Report of the Indian Hemp Drugs Commission, 1894-1895 - Volume V
Year: 1894
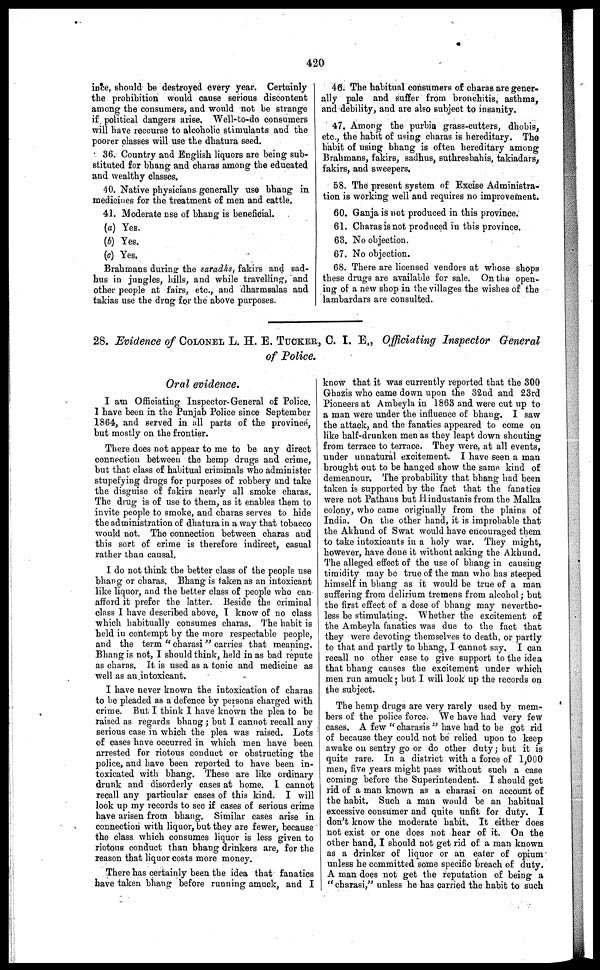
420
ince, should be destroyed every year. Certainly
the prohibition would cause serious discontent
among the consumers, and would not be strange
if political dangers arise. Well-to-do consumers
will have recourse to alcoholic stimulants and the
poorer classes will use the dhatura seed.
36. Country and English liquors are being sub-
stituted for bhang and charas among the educated
and wealthy classes.
40. Native physicians generally use bhang in
medicines for the treatment of men and cattle.
41. Moderate use of bhang is beneficial.
(a) Yes.
(b) Yes.
(c) Yes.
Brahmans during the saradhs, fakirs and sad-
hus in jungles, hills, and while travelling, and
other people at fairs, etc., and dharmsalas and
takias use the drug for the above purposes.
46. The habitual consumers of charas are gener-
ally pale and suffer from bronchitis, asthma,
and debility, and are also subject to insanity.
47. Among the purbia grass-cutters, dhobis,
etc., the habit of using charas is hereditary. The
habit of using bhang is often hereditary among
Brahmans, fakirs, sadhus, suthreshahis, takiadars,
fakirs, and sweepers.
58. The present system of Excise Administra-
tion is working well and requires no improvement.
60. Ganja is not produced in this province.
61. Charas is not produced in this province.
63. No objection.
67. No objection.
68. There are licensed vendors at whose shops
these drugs are available for sale. On the open-
iug of a new shop in the villages the wishes of the
lambardars are consulted.
28. Evidence of COLONEL L. H. E. TUCKER, C. I. E., Officiating Inspector General
of Police.
Oral evidence.
I am Officiating Inspector-General of Police.
I have been in the Punjab Police since September
1864, and served in all parts of the province,
but mostly on the frontier.
There does not appear to me to be any direct
connection between the hemp drugs and crime,
but that class of habitual criminals who administer
stupefying drugs for purposes of robbery and take
the disguise of fakirs nearly all smoke charas.
The drug is of use to them, as it enables them to
invite people to smoke, and charas serves to hide
the administration of dhatura in a way that tobacco
would not. The connection between charas and
this sort of crime is therefore indirect, casual
rather than causal.
I do not think the better class of the people use
bhang or charas. Bhang is taken as an intoxicant
like liquor, and the better class of people who can
afford it prefer the latter. Beside the criminal
class I have described above, 1 know of no class
which habitually consumes charas. The habit is
held in contempt by the more respectable people,
and the term " charasi " carries that meaning.
Bhang is not, I should think, held in as bad repute
as charas. It is used as a tonic and medicine as
well as an intoxicant,
I have never known the intoxication of charas
to be pleaded as a defence by persons charged with
crime. But I think I have known the plea to be
raised as regards bhang ; but I cannot recall any
serious case in which the plea was raised. Lots
of cases have occurred in which men have been
arrested for riotous conduct or obstructing the
police, and have been reported to have been in-
toxicated with bhang. These are like ordinary
drunk and disorderly eases at home. 1 cannot
recall any particular cases of this kind. I will
look up my records to see if cases of serious crime
have arisen from bhang. Similar cases arise in
connection with liquor, but they are fewer, because
the class which consumes liquor is less given to
riotous conduct than bhang drinkers are, for the
reason that liquor costs more money.
There has certainly been the idea that fanatics
have taken bhang before running amuck, and I
know that it was currently reported that the 300
Ghazis who came down upon the 32nd and 23rd
Pioneers at Ambeyla in 1863 and were cut up to
a man were under the influence of bhang. I saw
the attack, and the fanatics appeared to come on
like half-drunken men as they leapt down shouting
from terrace to terrace. They were, at all events,
under unnatural excitement. I have seen a man
brought out to be hanged show the same kind of
demeanour. The probability that bhang had been
taken is supported by the fact that the fanatics
were not Pathans but Hindustanis from the Malka
colony, who came originally from the plains of
India. On the other hand, it is improbable that
the Akhund of Swat would have encouraged them
to take intoxicants in a holy war. They might,
howevor, have done it without asking the Akhund.
The alleged effect of the use of bhang in causing
timidity may be true of the man who has steeped
himself in bhang as it would be true of a man
suffering from delirium tremens from alcohol; but
the first effect of a dose of bhang may neverthe-
less be stimulating. Whether the excitement of
the Ambeyla fanatics was due to the fact that
they were devoting themselves to death, or partly
to that and partly to bhang, I cannot say. I can
recall no other case to give support to the idea
that bhang causes the excitement under which
men run amuck; but I will look up the records on
the subject.
The hemp drugs are very rarely used by mem-
bers of the police force. We have had very few
cases. A few " charasis " have had to be got rid
of because they could not be relied upon to keep
awake on sentry go or do other duty ; but it is
quite rare. In a district with a force of 1,0 00
men, five years might pass without such a case
coming before the Superintendent. I should get
rid of a man known as a charasi on account of
the habit. Such a man would be an habitual
excessive consumer and quite unfit for duty. I
don't know the moderate habit. It either does
not exist or one does not hear of it. On the
other hand, I should not get rid of a man known
as a drinker of liquor or an eater of opium
unless he committed some specific breach of duty.
A man does not get the reputation of being a
" charasi," unless he has carried the habit to such